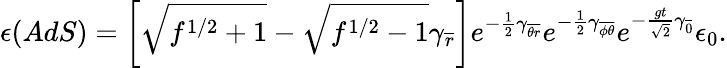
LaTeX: \epsilon({AdS})=\left[\sqrt{f^{1/2}+1}-\sqrt{f^{1/2}-1}\gamma_{\overline{{{r}}}}\right]e^{-{\frac{1}{2}}\gamma_{\overline{{{\theta r}}}}}e^{-{\frac{1}{2}}\gamma_{\overline{{{\phi\theta}}}}}e^{-{\frac{gt}{\sqrt{2}}}\gamma_{\overline{{{0}}}}}\epsilon_{0}.